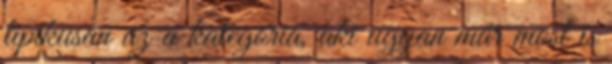
tipikusan az a kategória, aki ugyan már most is